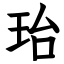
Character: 珆